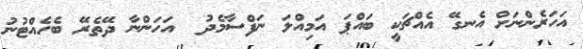
އަހަރެންނަށް އެނގޭ އެއްޗަކީ ބައްޕަ އަމިއްލަ ނަފްސާމެދު  އަހަންނާ ދޭތެރޭ ބެހެއްޓުނު